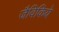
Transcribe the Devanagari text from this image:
जैविकिये